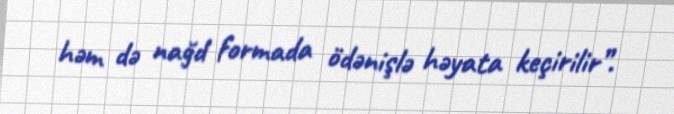
həm də nağd formada ödənişlə həyata keçirilir”.